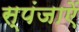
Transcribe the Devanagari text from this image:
स्पंजाऐं